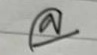
ล